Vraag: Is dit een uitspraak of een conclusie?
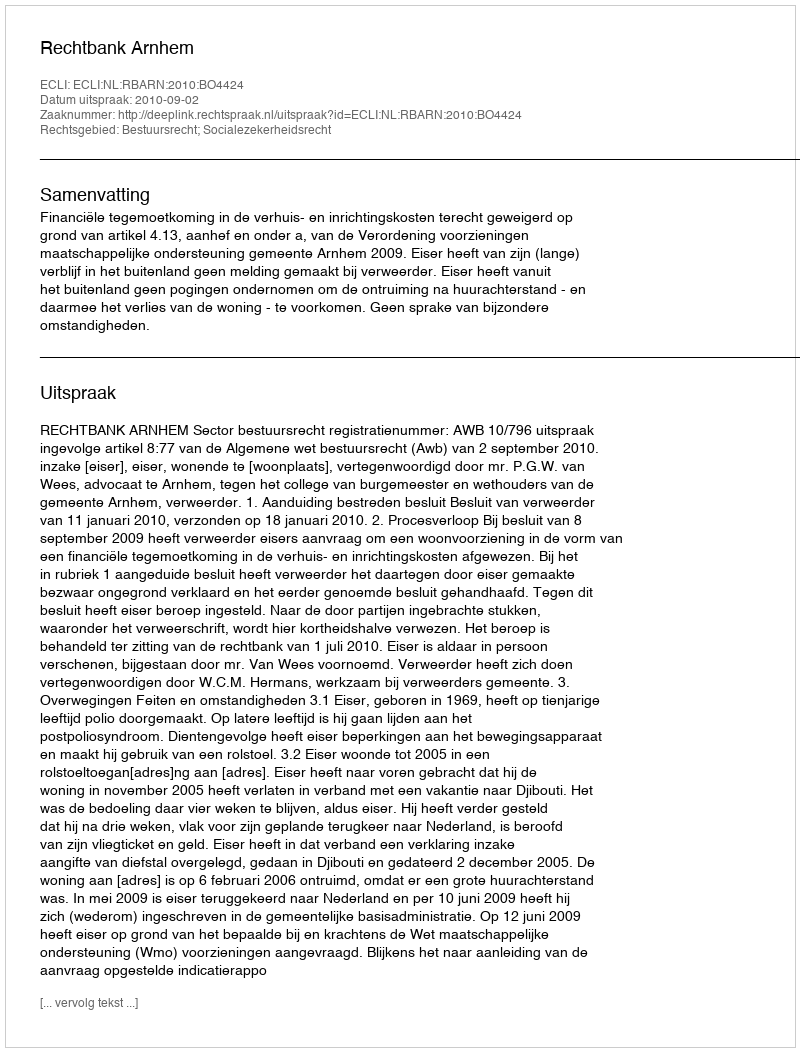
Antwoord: Uitspraak